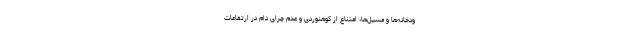
ودخانه‌ها و مسیل‌ها، امتناع از کوهنوردی و عدم چرای دام در ارتفاعات